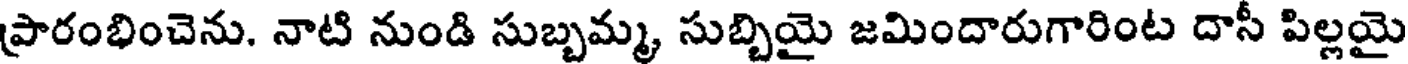
ప్రారంభించెను. నాటి నుండి సుబ్బమ్మ, సుబ్బియై జమిందారుగారింట దాసీ పిల్లయై